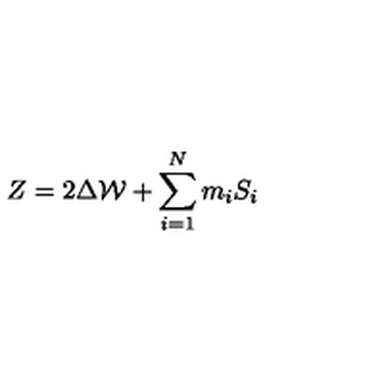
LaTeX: Z = 2 \Delta { \cal W } + \sum _ { i = 1 } ^ { N } m _ { i } S _ { i }